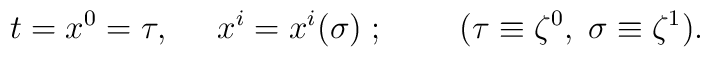
t=x^0=\tau,\;\;\;\;\;x^{i}=x^{i}(\sigma){\;};\;\;\;\;\;\;\;\;(\tau\equiv\zeta^0,\;\sigma\equiv\zeta^1).